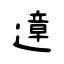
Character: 遧